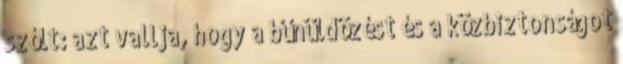
szólt: azt vallja, hogy a bűnüldözést és a közbiztonságot